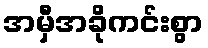
အမှီအခိုကင်းစွာ